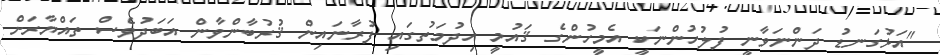
"އަޅުގަނޑު ދަންނަވާނީ ފުލުހުންނަކީ އެމީހުންގެ ޤައުމީ ހިދުމަތުގައި ފުރާނައިން ޤުރުބާންވާން އަބަދުވެސް ތައްޔާރަށް